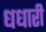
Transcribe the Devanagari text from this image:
धधारी